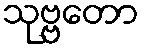
သုဗ္ဗတော